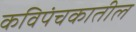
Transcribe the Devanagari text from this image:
कविपंचकातील